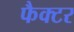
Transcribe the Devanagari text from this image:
फैक्‍टर